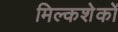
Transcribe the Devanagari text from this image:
मिल्कशेकों